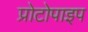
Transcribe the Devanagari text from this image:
प्रोटोपाइप